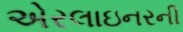
એરલાઇનરની